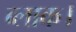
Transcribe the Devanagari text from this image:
ब्‍लाक।